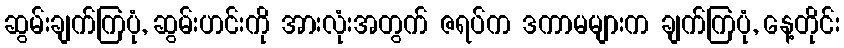
ဆွမ်းချက်ကြပုံ, ဆွမ်းဟင်းကို အားလုံးအတွက် ဇရပ်က ဒကာမများက ချက်ကြပုံ, နေ့တိုင်း